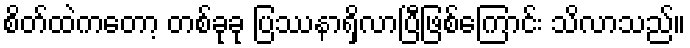
စိတ်ထဲကတော့ တစ်ခုခု ပြဿနာရှိလာပြီဖြစ်ကြောင်း သိလာသည်။